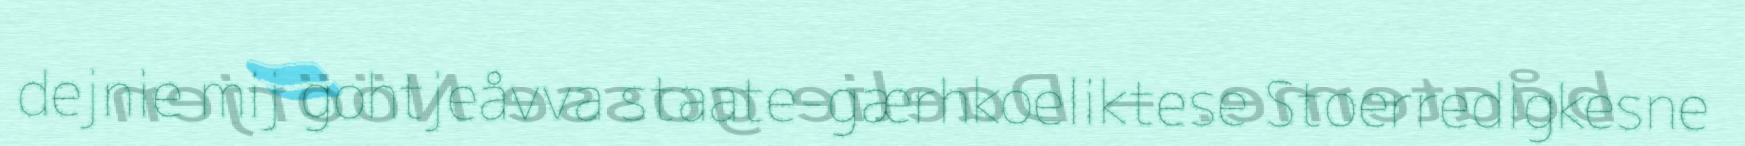
dejnie mij gohtjeåvva staate-gærhkoeliktese Stoerredigkesne